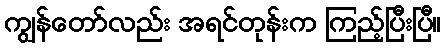
ကျွန်တော်လည်း အရင်တုန်းက ကြည့်ပြီးပြီ။